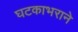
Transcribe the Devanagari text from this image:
घटकाभराने